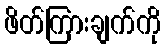
ဖိတ်ကြားချက်ကို